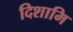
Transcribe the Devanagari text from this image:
दिशामि